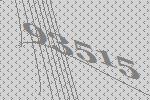
93515